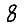
Digit: 8